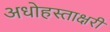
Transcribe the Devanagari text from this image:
अधोहस्ताक्षरी